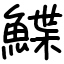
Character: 鰈